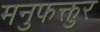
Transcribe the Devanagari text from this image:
मनुफक्तुर